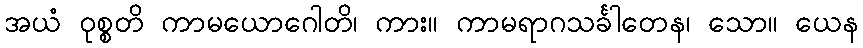
အယံ ဝုစ္စတိ ကာမယောဂေါတိ၊ ကား။ ကာမရာဂသင်္ခါတေန၊ သော။ ယေန